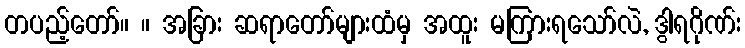
တပည့်တော်။ ။ အခြား ဆရာတော်များထံမှ အထူး မကြားရသော်လဲ, ဒွါရဂိုဏ်း